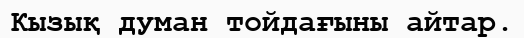
Кызық думан тойдағыны айтар.